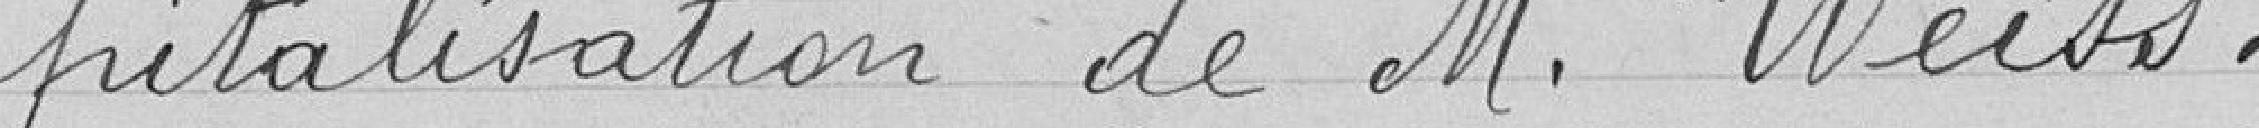
pitalisation de M. Weiss .